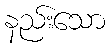
နည်းသော